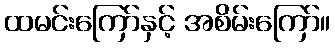
ထမင်းကြော်နှင့် အစိမ်းကြော်။